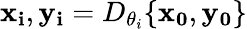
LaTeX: \mathbf{x_{i}},\mathbf{y_{i}}=D_{\theta_{i}}\{ \mathbf{x_{0}},\mathbf{y_{0}}\}